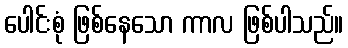
ပေါင်းစုံ ဖြစ်နေသော ကာလ ဖြစ်ပါသည်။